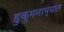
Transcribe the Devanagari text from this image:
हुकुमनाम्यात